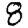
Digit: 8